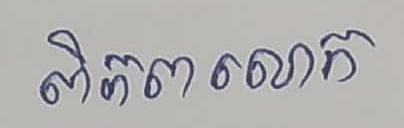
ពិភពលោក